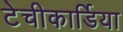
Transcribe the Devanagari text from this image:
टेचीकार्डिया